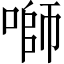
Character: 𱓻